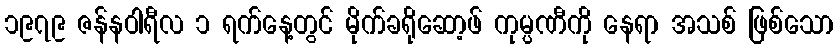
၁၉၇၉ ဇန်နဝါရီလ ၁ ရက်နေ့တွင် မိုက်ခရိုဆော့ဖ် ကုမ္ပဏီကို နေရာ အသစ် ဖြစ်သော